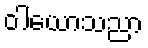
ဝါယောသညာ